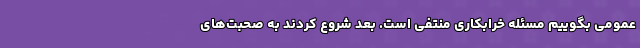
عمومی بگوییم مسئله خرابکاری منتفی است. بعد شروع کردند به صحبت‌های